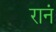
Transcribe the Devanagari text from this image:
रानं